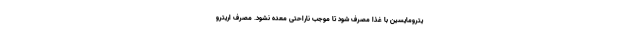
یترومایسین با غذا مصرف شود تا موجب ناراحتی معده نشود. مصرف اریترو